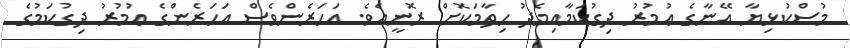
މުސްކުޅިޔާ އޭނާގެ ޢުމުރު ދިގުކަމާއިމެދު ހިތާމަކޮށް ރޮނީއެވެ. އަހަރެންވެސް އަހަރެންގެ ޢުމުރު ދިގުކަމުގެ